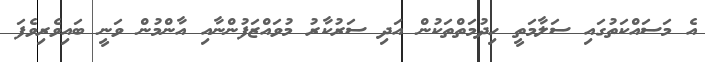
އެ މަސައްކަތުގައި ސަލާމަތީ ހިދުމަތްތަކުން އަދި ސަރުކާރު މުވައްޒަފުންނާއި އާންމުން ވަނީ ބައިވެރިވެފަ